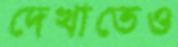
দেখাতেও